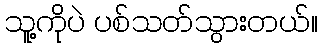
သူ့ကိုပဲ ပစ်သတ်သွားတယ်။